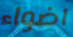
اضواء